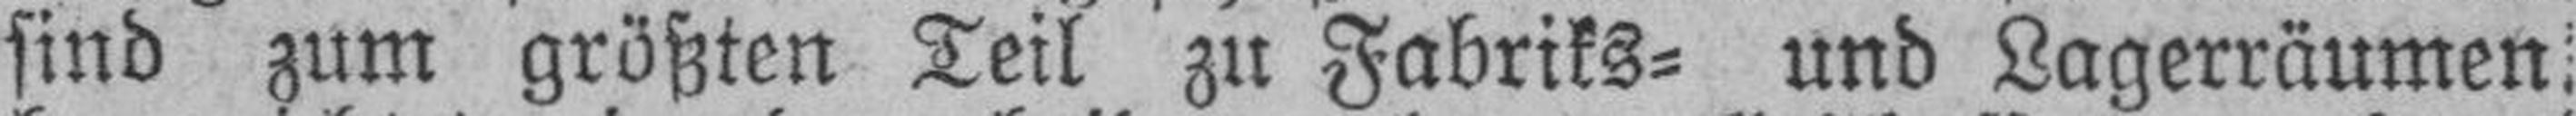
sind zum größten Teil zu Fabriks= und Lagerräumen